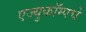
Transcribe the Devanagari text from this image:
एज्युकॉम्पचे